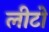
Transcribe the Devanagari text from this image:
लीटो